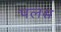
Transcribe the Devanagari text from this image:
पलस